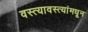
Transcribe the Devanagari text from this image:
वस्त्यावस्त्यांमधून